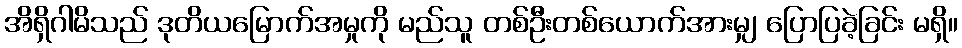
အိရှိဂါမိသည် ဒုတိယမြောက်အမှုကို မည်သူ တစ်ဦးတစ်ယောက်အားမျှ ပြောပြခဲ့ခြင်း မရှိ။